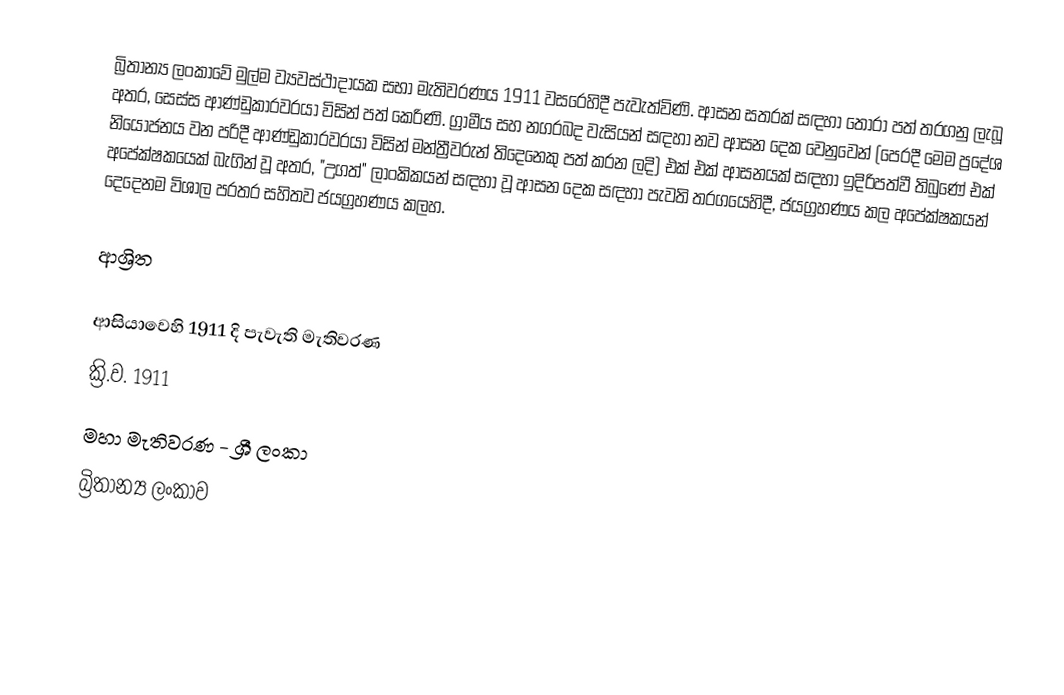
බ්‍රිතාන්‍ය ලංකාවේ මුල්ම ව්‍යවස්ථාදායක සභා මැතිවරණය  1911 වසරෙහිදී පැවැත්විණි. ආසන සතරක් සඳහා තෝරා පත් තරගනු ලැබූ අතර, සෙස්ස  ආණ්ඩුකාරවරයා විසින් පත් කෙරිණි. ග්‍රාමීය සහ නගරබද වැසියන් සඳහා නව ආසන දෙක වෙනුවෙන් (පෙරදී මෙම ප්‍රදේශ නියෝජනය වන පරිදී ආණ්ඩුකාරවරයා විසින් මන්ත්‍රීවරුන් තිදෙනෙකු පත් කරන ලදි) එක් එක් ආසනයක් සඳහා ඉදිරිපත්වී තිබුණේ එක් අපේක්ෂකයෙක් බැගින් වූ අතර, "උගත්" ලාංකිකයන් සඳහා වූ ආසන දෙක සඳහා පැවති තරගයෙහිදී, ජයග්‍රහණය කල අපේක්ෂකයන් දෙදෙනම විශාල පරතර සහිතව ජයග්‍රහණය කලහ.

ආශ්‍රිත

ආසියාවෙහි 1911 දි පැවැති මැතිවරණ
ක්‍රි.ව. 1911
මහා මැතිවරණ - ශ්‍රී ලංකා
බ්‍රිතාන්‍ය ලංකාව